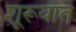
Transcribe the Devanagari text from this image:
शूरूवात